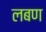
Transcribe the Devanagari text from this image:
लबण